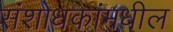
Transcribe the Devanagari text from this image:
संशोधकांमधील